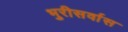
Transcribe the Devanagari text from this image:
भुरीसर्वास